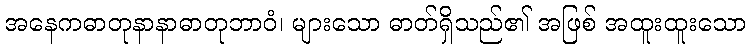
အနေကဓာတုနာနာဓာတုဘာဝံ၊ များသော ဓာတ်ရှိသည်၏ အဖြစ် အထူးထူးသော